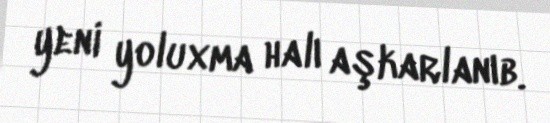
yeni yoluxma halı aşkarlanıb.